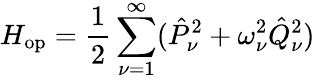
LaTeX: H_{\mathrm{op}}=\frac{1}{2}\sum_{\nu=1}^{\infty}(\hat{P}_{\nu}^{2}+\omega_{\nu}^{2}\hat{Q}_{\nu}^{2})